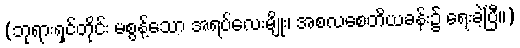
(ဘုရားရှင်တိုင်း မစွန့်သော အရပ်လေးမျိုး၊ အစလစေတိယခန်း၌ ရေးခဲ့ပြီ။)